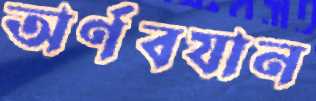
অর্ণবযান